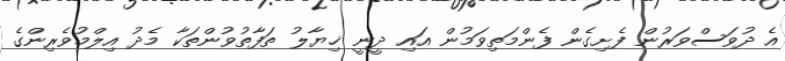
އެ ދުވަސްވަރުން ފެށިގެން ފެންމަތިވަމުން އައި ދީނީ ޚިޔާލު ތަފާތުވުންތަކާ މެދު އިލްމުވެރިންގެ